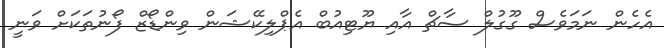
އެހެން ނަމަވެސް ގޫގުލް ސާޗް އާއި ޔޫޓިއުބް އެޕްލިކޭޝަން ވިންޑޯޒް ފޯނުތަކަށް ވަނީ